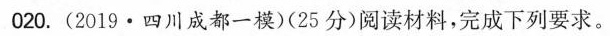
O20。(2019·四川成都一模)(25分)阅读材料，完成下列要求。